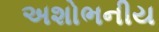
અશોભનીય